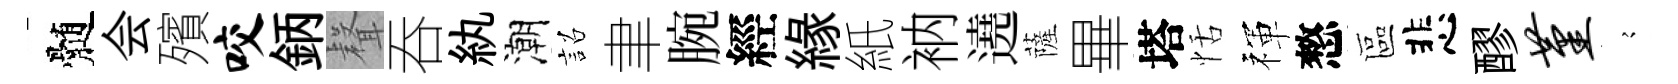
髄会殯咬鈵𮋻吞紈潮詔聿腕經緣紙衲遶薩畢塔恬禈憗區悲醪堇𡪹